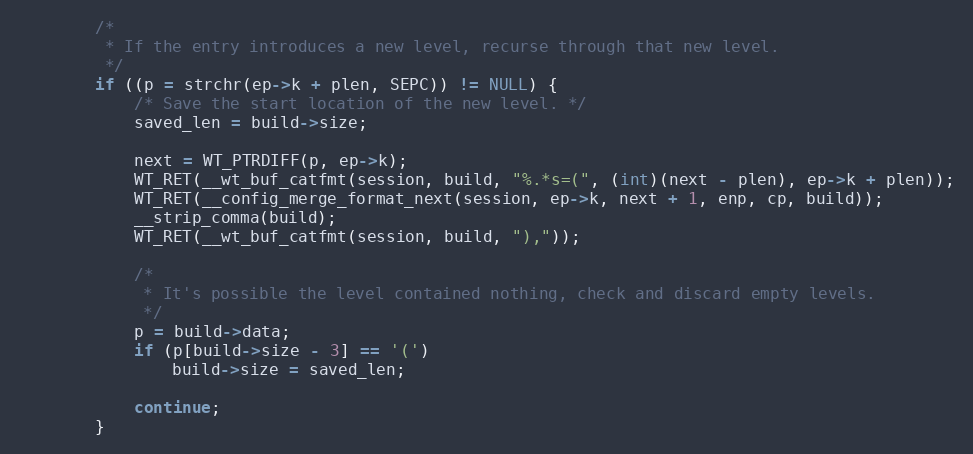
Language: C
        /*
         * If the entry introduces a new level, recurse through that new level.
         */
        if ((p = strchr(ep->k + plen, SEPC)) != NULL) {
            /* Save the start location of the new level. */
            saved_len = build->size;

            next = WT_PTRDIFF(p, ep->k);
            WT_RET(__wt_buf_catfmt(session, build, "%.*s=(", (int)(next - plen), ep->k + plen));
            WT_RET(__config_merge_format_next(session, ep->k, next + 1, enp, cp, build));
            __strip_comma(build);
            WT_RET(__wt_buf_catfmt(session, build, "),"));

            /*
             * It's possible the level contained nothing, check and discard empty levels.
             */
            p = build->data;
            if (p[build->size - 3] == '(')
                build->size = saved_len;

            continue;
        }